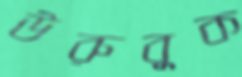
উরুবুক